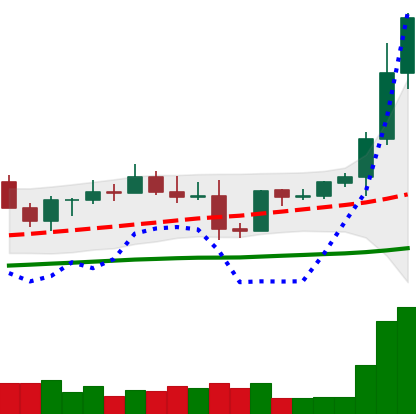
Ticker: EOS-USD
Chart end date: 2021-04-02
Forward return: -6.671%
Label: down_5_7